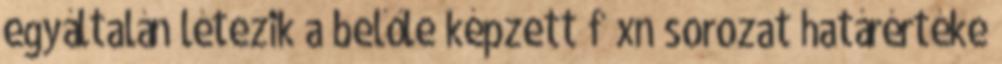
egyáltalán létezik a belőle képzett f xn sorozat határértéke